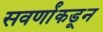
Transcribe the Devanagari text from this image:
सवर्णांकडून